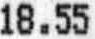
18.55